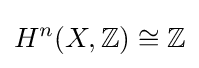
H^{n}(X,\mathbb {Z} )\cong \mathbb {Z}